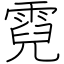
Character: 霓